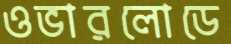
ওভারলোডে